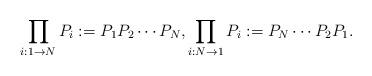
LaTeX: \begin{align*}\prod_{i:1\to N}P_i:=P_1P_2\cdots P_N,\prod_{i:N\to 1}P_i:=P_N\cdots P_2P_1.\end{align*}